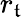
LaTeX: r_{\mathfrak{t}}